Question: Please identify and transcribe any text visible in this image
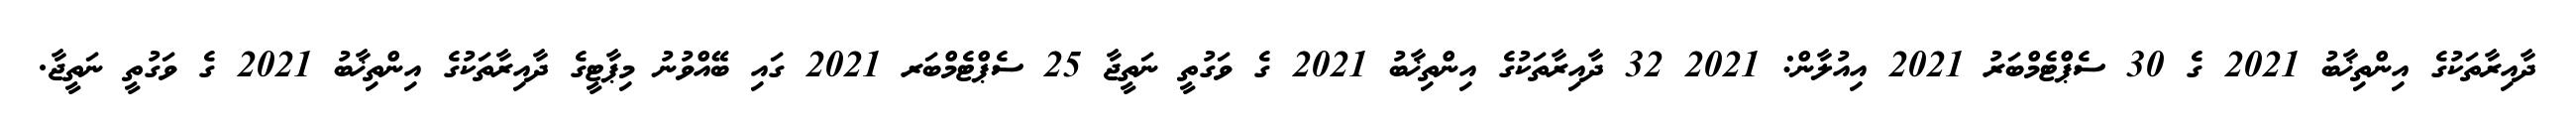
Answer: ދާއިރާތަކުގެ އިންތިޚާބު 2021 ގެ 30 ސެޕްޓެމްބަރު 2021 އިއުލާން: 2021 32 ދާއިރާތަކުގެ އިންތިޚާބު 2021 ގެ ވަގުތީ ނަތީޖާ 25 ސެޕްޓެމްބަރ 2021 ގައި ބޭއްވުނު މިޕާޓީގެ ދާއިރާތަކުގެ އިންތިޚާބު 2021 ގެ ވަގުތީ ނަތީޖާ.